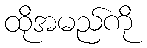
ထိုအမည်ကို